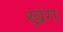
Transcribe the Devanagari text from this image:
ख्रंग